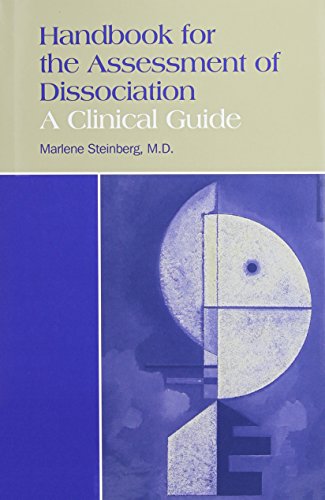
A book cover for Handbook for the Assessment of Dissociation: A Clinical Guide; Marlene, M.D. Steinberg; Health, Fitness & Dieting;